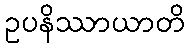
ဥပနိဿာယာတိ